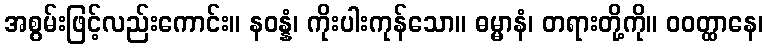
အစွမ်းဖြင့်လည်းကောင်း။ နဝန္နံ၊ ကိုးပါးကုန်သော။ ဓမ္မာနံ၊ တရားတို့ကို။ ဝဝတ္ထာနေ၊